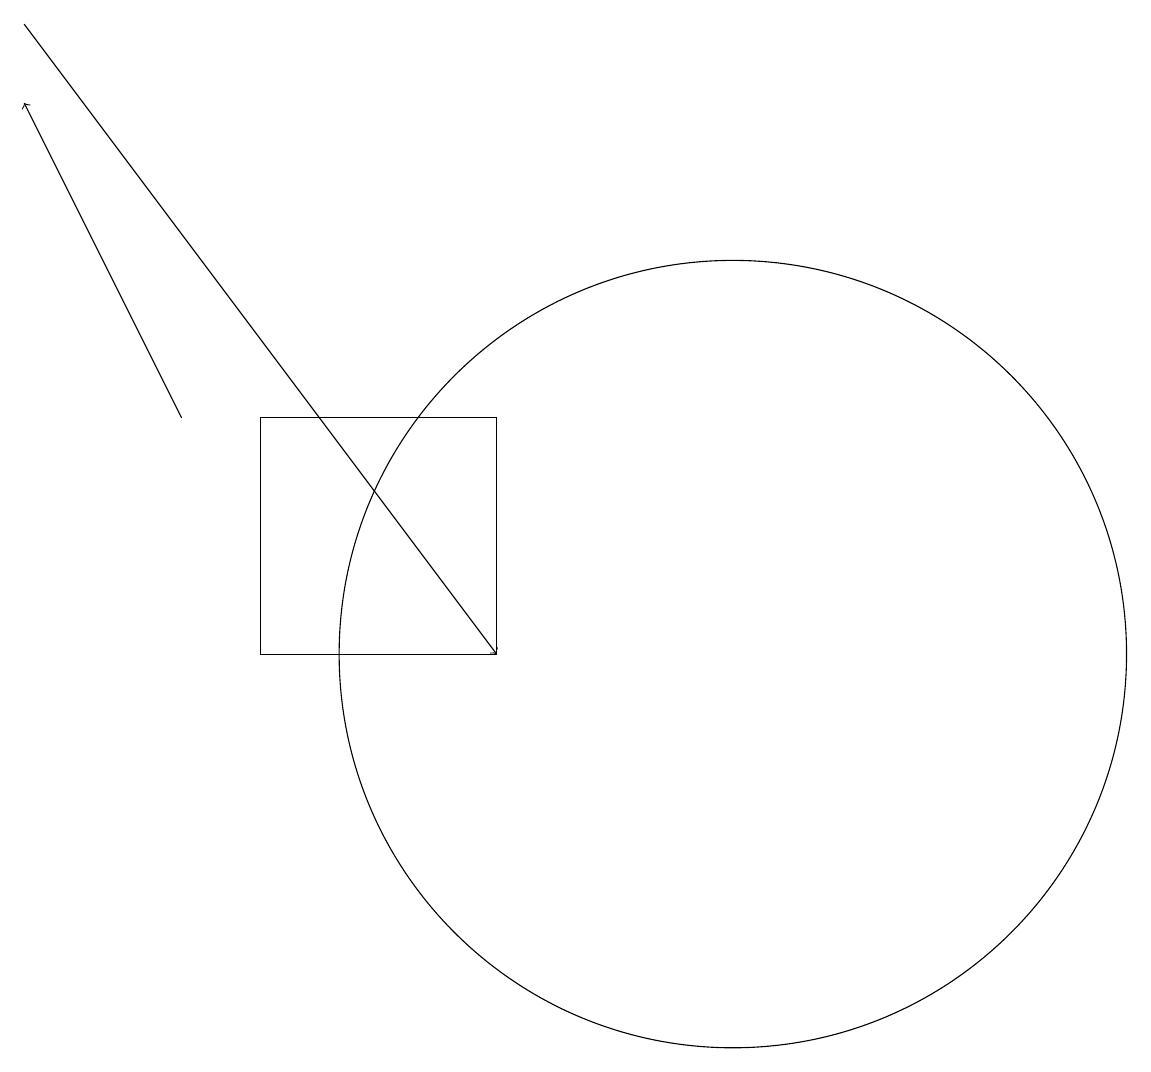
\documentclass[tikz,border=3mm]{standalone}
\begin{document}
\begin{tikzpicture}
\draw (8,10) rectangle (5,13);
\draw[->] (4,13) -- (2,17);
\draw (11,10) circle (5);
\draw[->] (2,18) -- (8,10);
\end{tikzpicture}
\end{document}